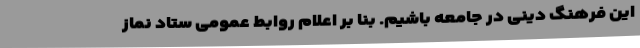
این فرهنگ دینی در جامعه باشیم. بنا بر اعلام روابط عمومی ستاد نماز